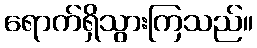
ရောက်ရှိသွားကြသည်။